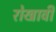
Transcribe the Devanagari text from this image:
रोखावी